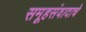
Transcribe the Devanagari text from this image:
समूहसंवादाचे